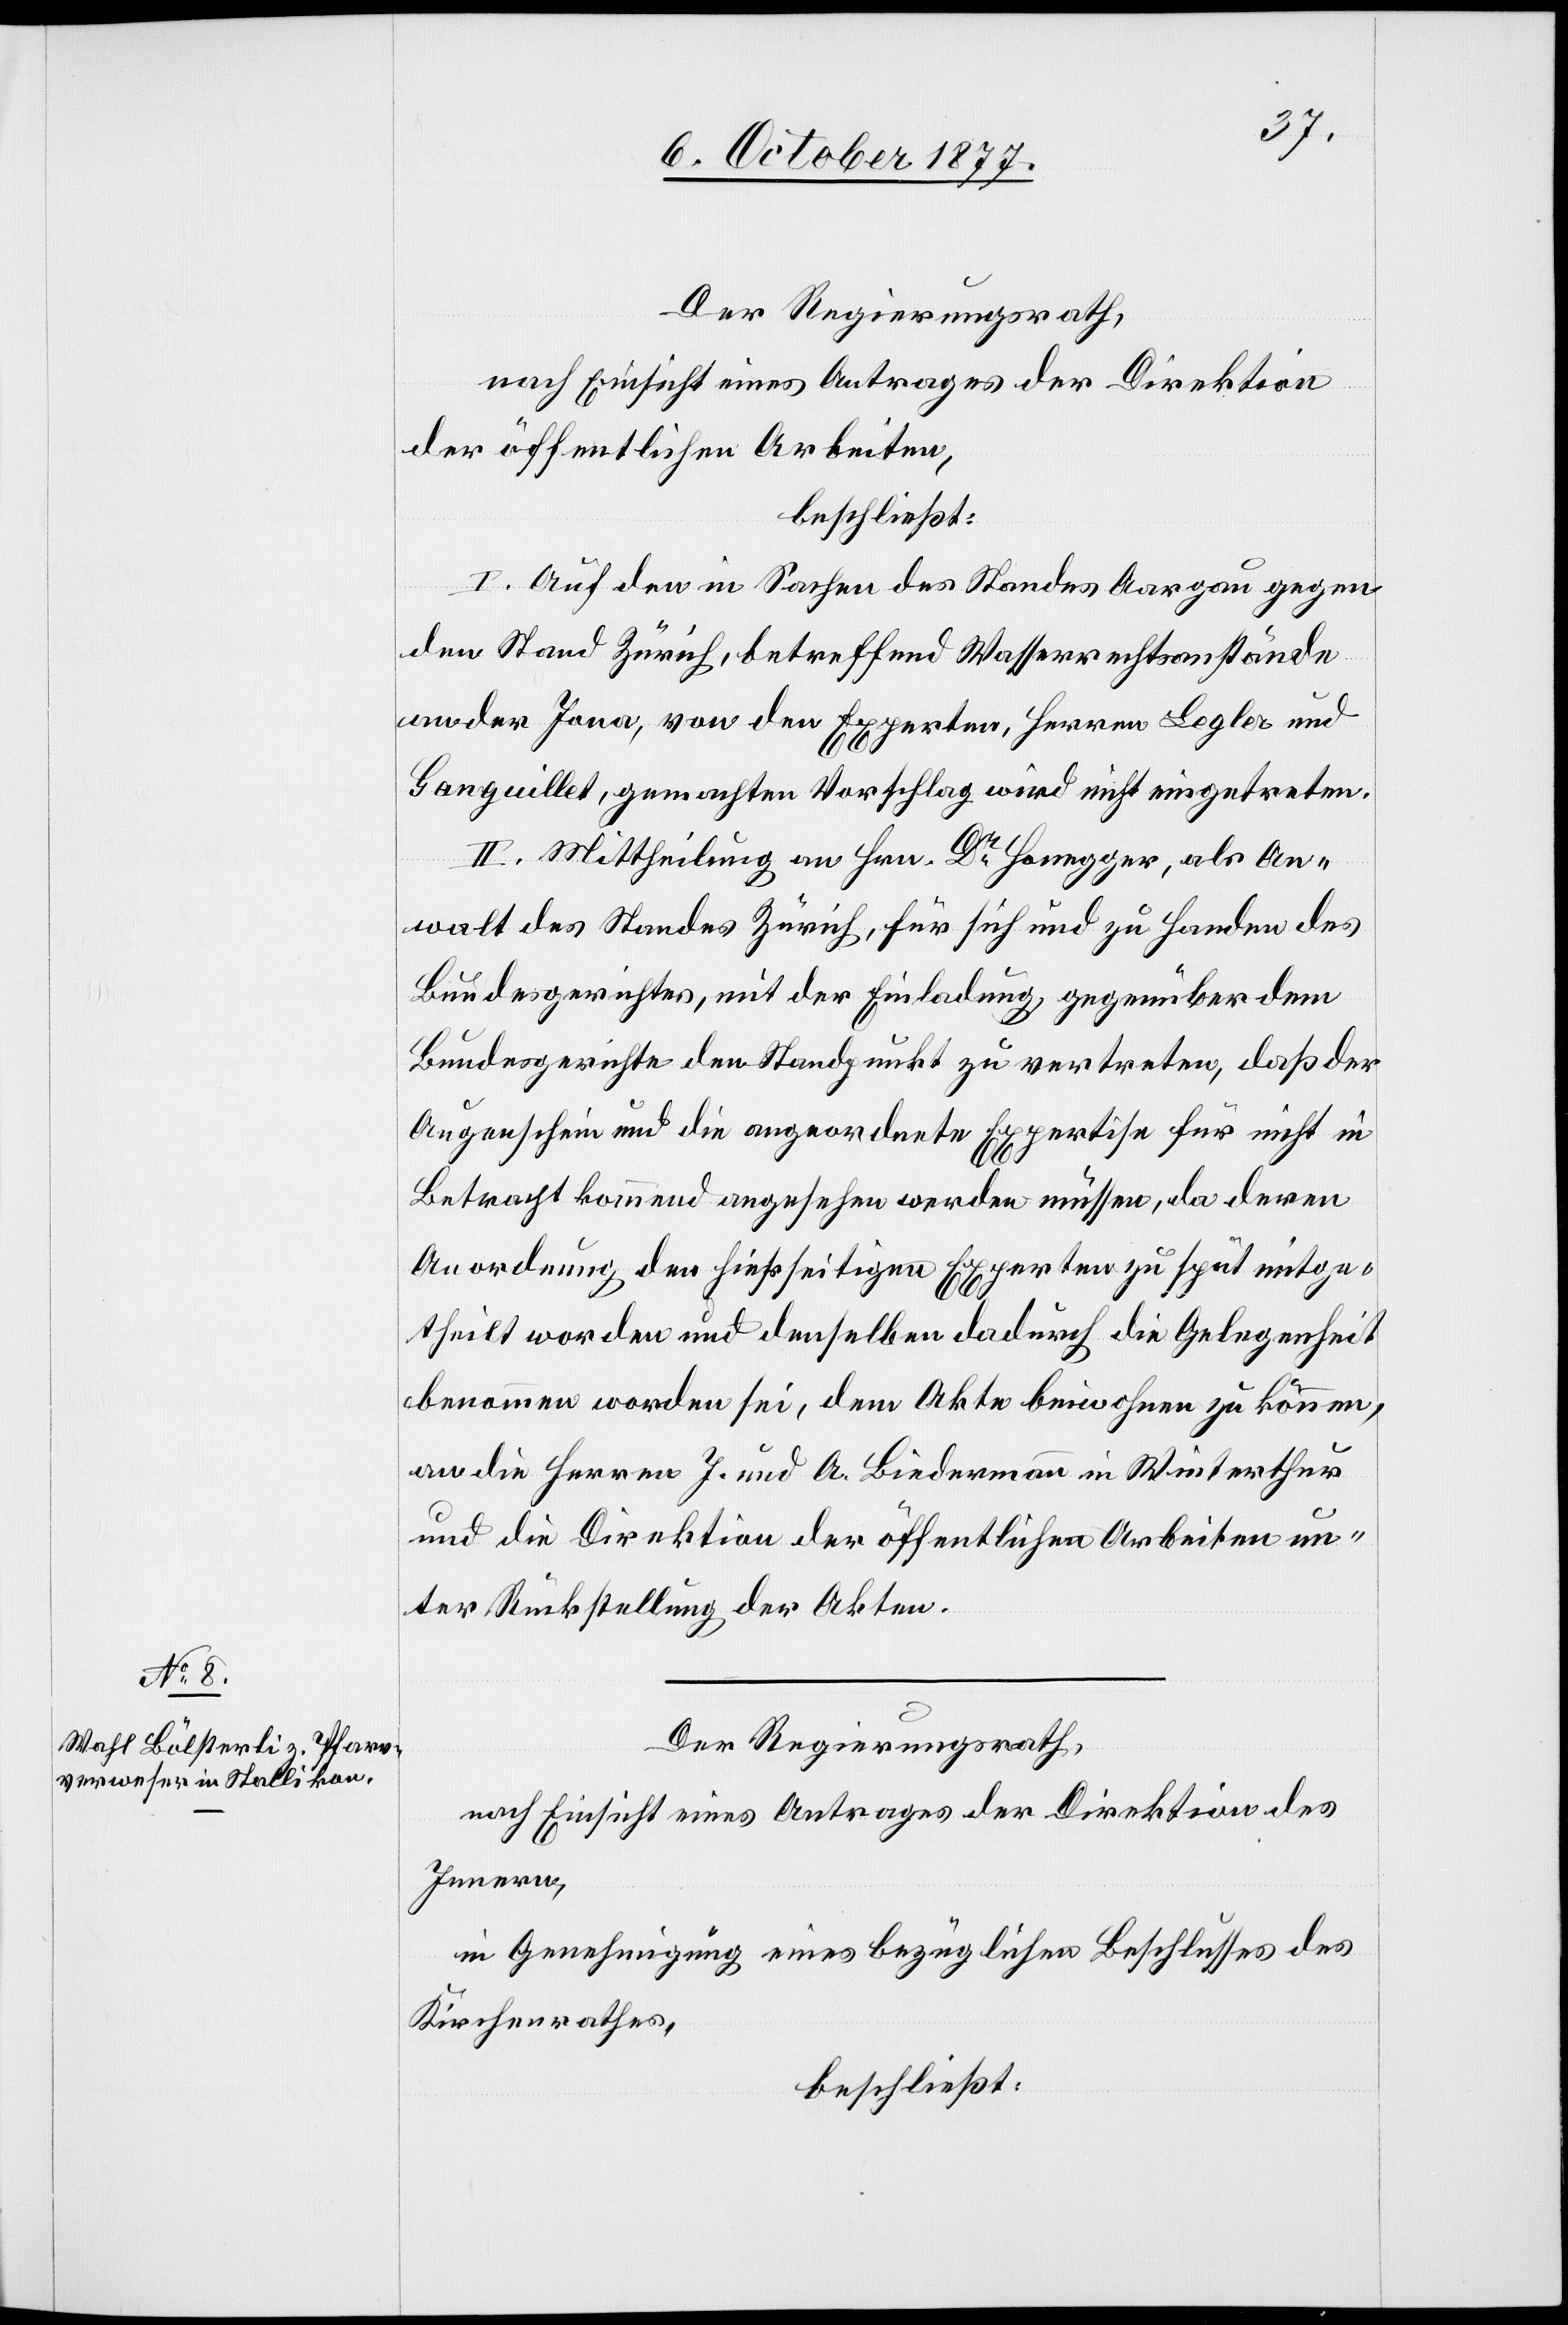
Der Regierungsrath,
nach Einsicht eines Antrages der Direktion
der öffentlichen Arbeiten,
beschließt:
I. Auf den in Sachen des Standes Aargau gegen
den Stand Zürich, betreffend Wasserrechtsanstände
an der Jona, von den Experten, Herren Legler und
Ganguillet, gemachten Vorschlag wird nicht eingetreten.
II. Mittheilung an Hrn. Dr Honegger, als An¬
walt des Standes Zürich, für sich und zu Handen des
Bundesgerichtes, mit der Einladung, gegenüber dem
Bundesgerichte den Standpunkt zu vertreten, daß der
Augenschein und die angeordnete Expertise für nicht in
Betracht kommend angesehen werden müssen, da deren
Anordnung den hierseitigen Experten zu spät mitge¬
theilt worden und denselben dadurch die Gelegenheit
benommen worden sei, dem Akte beiwohnen zu können,
an die Herren J. und A. Biedermann in Winterthur
und die Direktion der öffentlichen Arbeiten un¬
ter Rückstellung der Akten.
Der Regierungsrath,
nach Einsicht eines Antrages der Direktion des
Innern,
in Genehmigung eines bezüglichen Beschlusses des
Kirchenrathes,
beschließt: